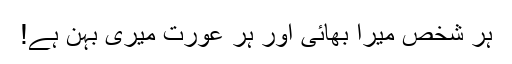
ہر شخص میرا بھائی اور ہر عورت میری بہن ہے!